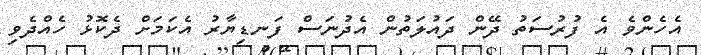
އެހެންވެ އެ ފުރުސަތު ދޭން ދައުލަތުން އެދުނަސް ފަނޑިޔާރު އެކަމަށް ދެކޮޅު ހެއްދެވި